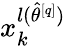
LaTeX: x_{k}^{l(\hat{\theta}^{[q]})}